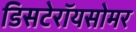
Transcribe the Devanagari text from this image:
डिसटेरॉयसोमर